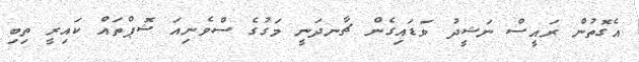
އެގޮތުން ރައީސް ނަޝީދު ވަޑައިގެން ޗާނދަނީ މަގުގެ ސްވެނިއަ ޝޮޕްތައް ކައިރީ ތިބި